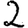
Digit: 2